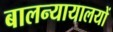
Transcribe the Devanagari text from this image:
बालन्यायालयों